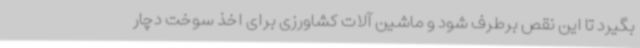
بگیرد تا این نقص برطرف شود و ماشین آلات کشاورزی برای اخذ سوخت دچار